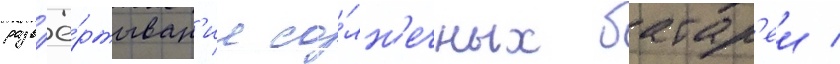
разв'ё́ртыван'ие со́лн'ечных батар'еи /